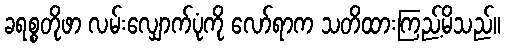
ခရစ္စတိုဖာ လမ်းလျှောက်ပုံကို လော်ရာက သတိထားကြည့်မိသည်။